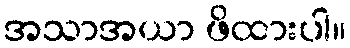
အသာအယာ ဖိထားပါ။